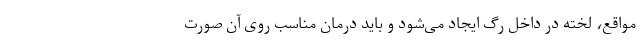
مواقع، لخته در داخل رگ ایجاد می‌شود و باید درمان مناسب روی آن صورت